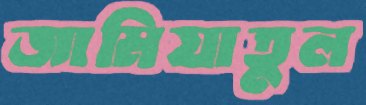
জামিয়াতুল